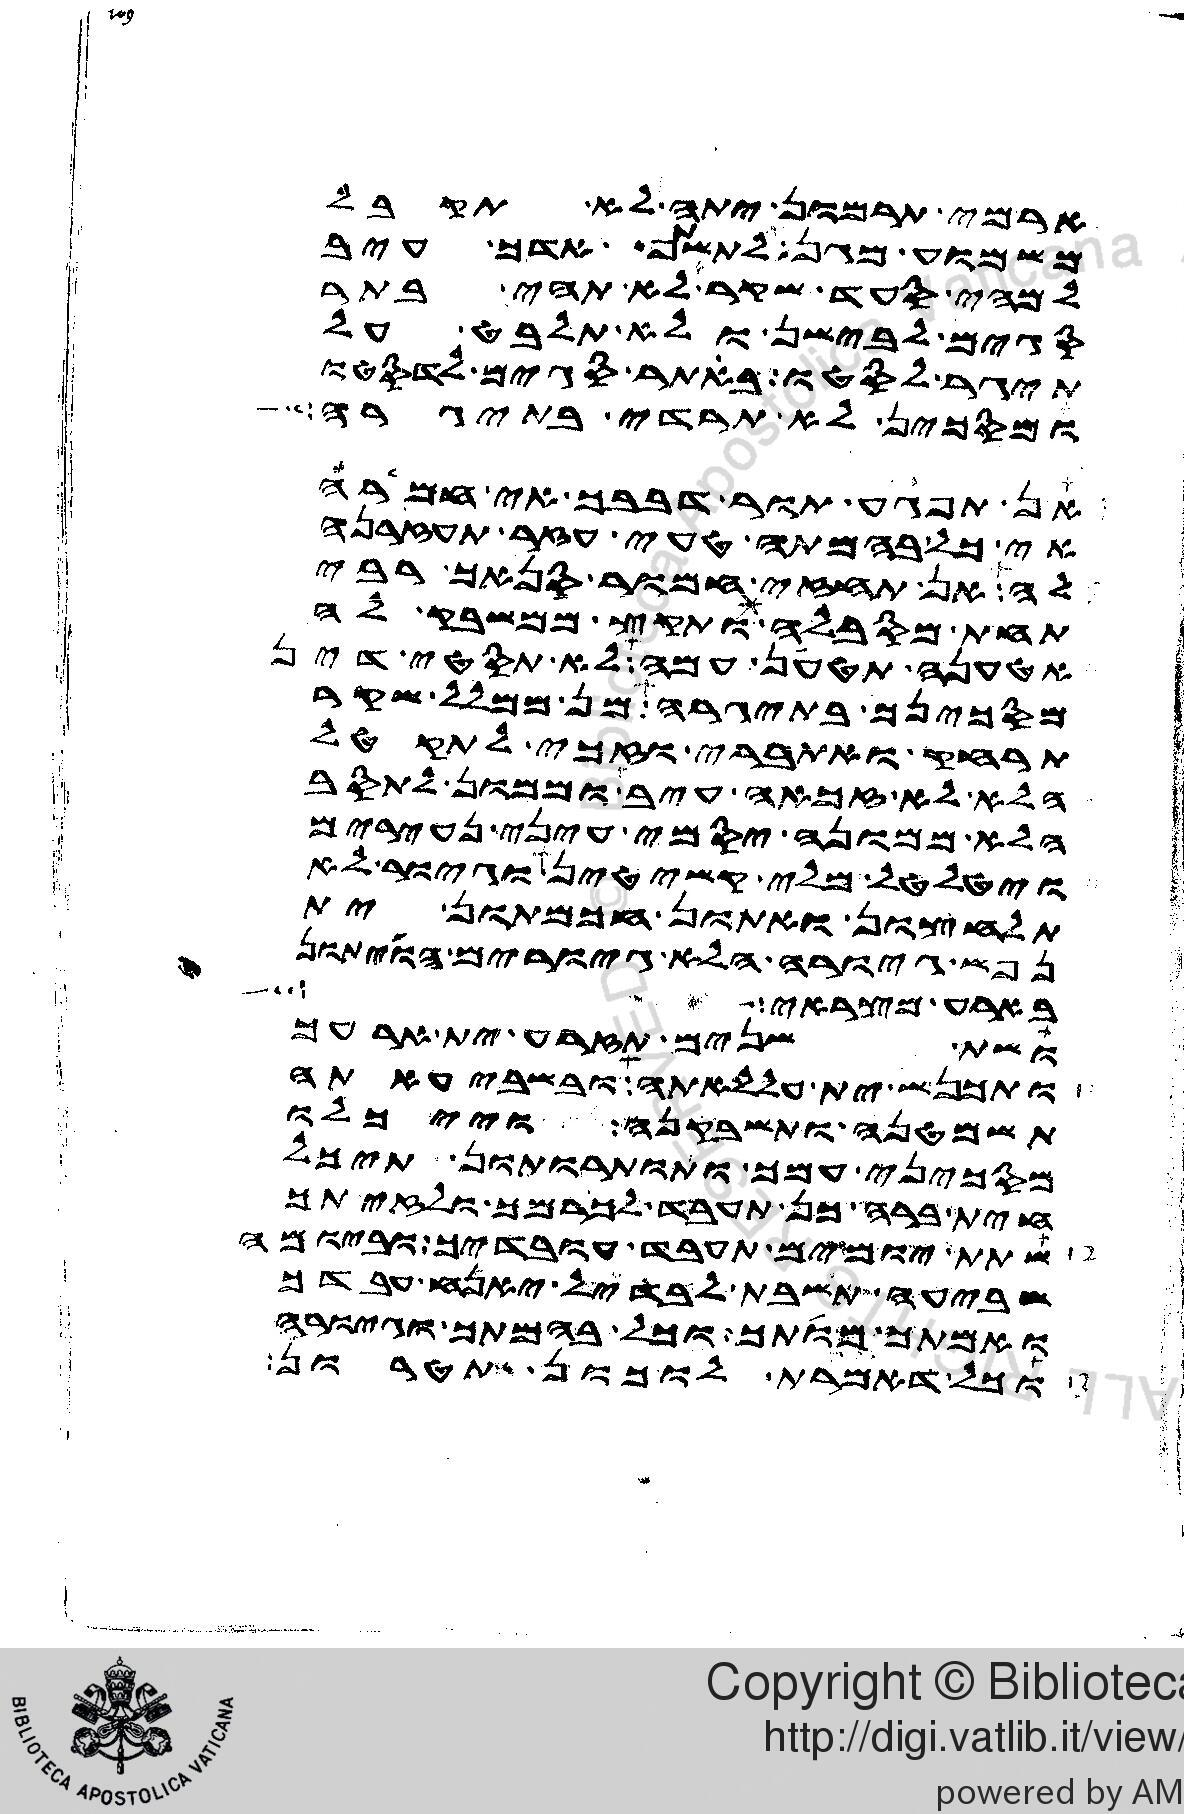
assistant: בארע מצראי שבע